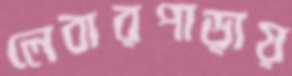
লেবারপাড়ায়